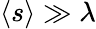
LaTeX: \langle s\rangle\gg\lambda